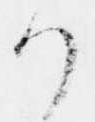
か